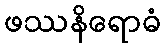
ဖဿနိရောဓံ